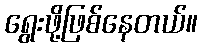
ရွေးဖို့ဖြစ်နေတယ်။